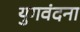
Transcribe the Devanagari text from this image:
युगवंदना